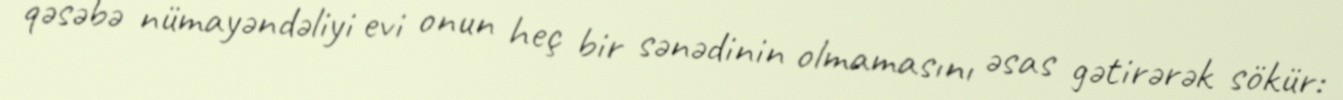
qəsəbə nümayəndəliyi evi onun heç bir sənədinin olmamasını əsas gətirərək sökür: